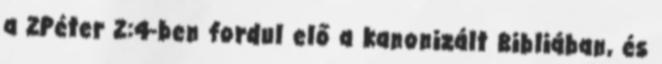
a 2Péter 2:4-ben fordul elő a kanonizált Bibliában, és